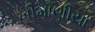
ખીમાણીયા